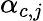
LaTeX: \alpha_{c,j}